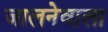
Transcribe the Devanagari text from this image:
जालनेवाला